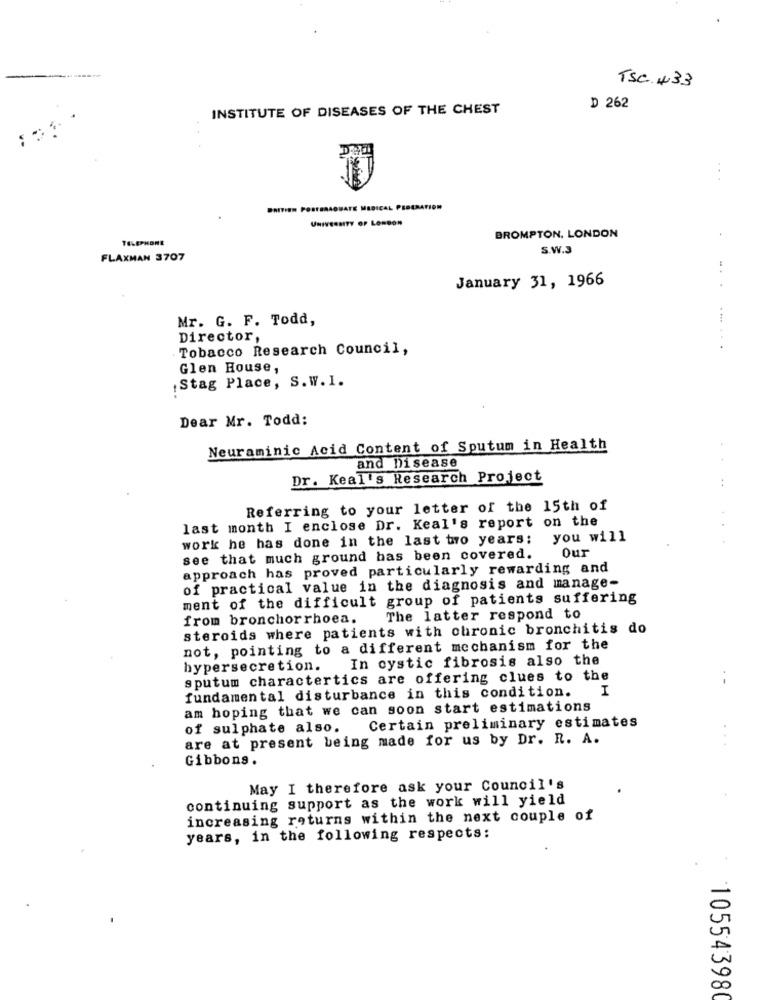
TSC +33
INSTITUTE OF DISEASES OF THE CHEST
D 262
BRITISH POSTGRADUATE MEDICAL PEBERATION
TELEPHONE
BROMPTON. LONDON
S.W.3
FLAXMAN 3707
January 31, 1966
Mr. G. F. Todd,
Director,
Tobacco Research Council,
.... .. .
Glen House,
Stag Place, S.W.1.
Dear Mr. Todd:
Neuraminic Acid Content of Sputum in Health
and Disease
Dr. Keal's Research Project
Referring to your letter of the 15th of
last month I enclose Dr. Keal's report on the
work he has done in the last two years;
you will
Our
see that much ground has been covered.
approach has proved particularly rewarding and
of practical value in the diagnosis and manage-
ment of the difficult group of patients suffering
from bronchorrhoea.
The latter respond to
steroids where patients with chronic bronchitis do
not, pointing to a different mechanism for the
In cystic fibrosis also the
hypersecretion.
sputum charactertics are offering clues to the
fundamental disturbance in this condition.
I
am hoping that we can soon start estimations
of sulphate also.
Certain preliminary estimates
are at present being made for us by Dr. R. A.
Gibbons.
May I therefore ask your Council's
continuing support as the work will yield
increasing returns within the next couple of
years, in the following respects:
105543980